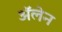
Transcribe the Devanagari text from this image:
ॲलेन